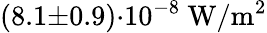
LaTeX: (8.1{\pm}0.9){\cdot}10^{-8}\ \mathrm{W/m^{2}}